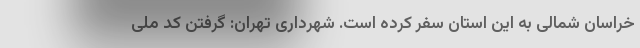
خراسان شمالی به این استان سفر کرده است. شهرداری تهران: گرفتن کد ملی